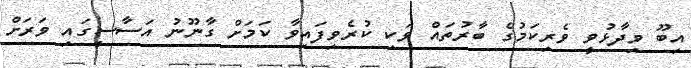
އިބޫ ވިދާޅުވީ ވެރިކަމުގެ ބާރުތައް ވަކި ކުރެވިފައިވާ ކަމަށް ގާނޫނު އަސާސީގައި ވަރަށް